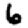
Digit: 6